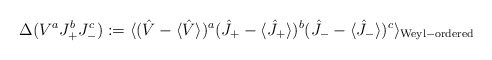
\begin{align*} \Delta(V^aJ_+^bJ_-^c):=\langle (\hat{V}-\langle\hat{V}\rangle)^a (\hat{J}_+-\langle\hat{J}_+\rangle)^b (\hat{J}_--\langle\hat{J}_-\rangle)^c\rangle_{\rm Weyl-ordered}\end{align*}